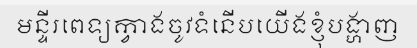
មន្ទីរពេទ្យក្វាងចូវទំនើបយើងខ្ញុំបង្ហាញ